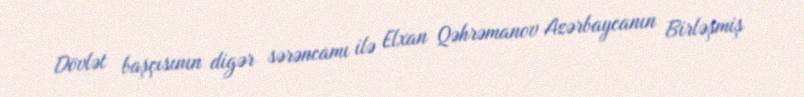
Dövlət başçısının digər sərəncamı ilə Elxan Qəhrəmanov Azərbaycanın Birləşmiş